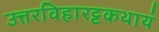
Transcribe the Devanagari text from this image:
उत्तरविहारट्टकथायं